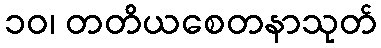
၁၀၊ တတိယစေတနာသုတ်